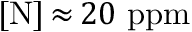
[ \mathrm { N } ] \, { \approx } \, 2 0 ~ \mathrm { p p m }